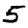
Digit: 5